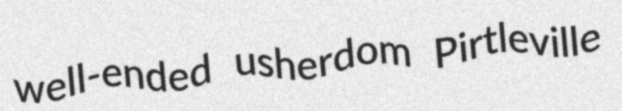
well-ended usherdom Pirtleville